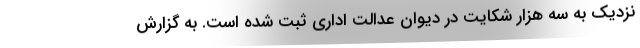
نزدیک به سه هزار شکایت در دیوان عدالت اداری ثبت شده است. به گزارش